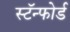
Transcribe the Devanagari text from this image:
स्टॅन्फोर्ड